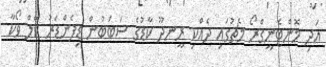
އަދި މޮންޓެނީގްރޯ މެޗުގައި ދެއްކި ރީނދޫ ކާޑުގެ ސަބަބުން ޑިފެންޑަރު ކޭލް ވޯކާ